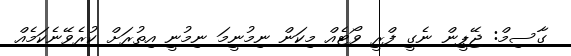
ގާސިމް: ޖޭޕީން ނެގީ ފްރީ ވޯޓެއް މިކަން ނިމުނީމަ ނިމުނީ އިތުރަށް ކުރެވޭނެކަމެއް